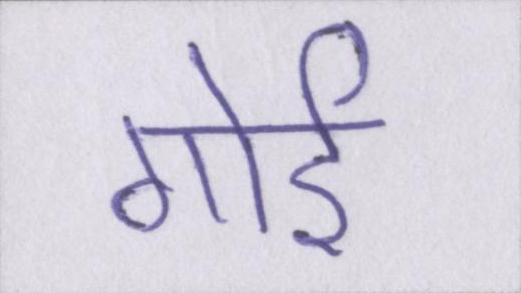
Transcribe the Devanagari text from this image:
गोई